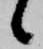
候